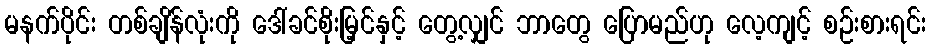
မနက်ပိုင်း တစ်ချိန်လုံးကို ဒေါ်ခင်စိုးမြ့င်နှင့် တွေ့လျှင် ဘာတွေ ပြောမည်ဟု လေ့ကျင့် စဉ်းစားရင်း